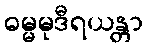
ဓမ္မမုဒီရယန္တာ